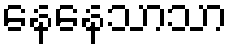
နေနေသာသာ